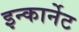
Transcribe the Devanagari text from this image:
इन्कार्नेट